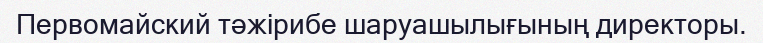
Первомайский тәжірибе шаруашылығының директоры.